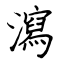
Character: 瀉